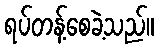
ရပ်တန့်စေခဲ့သည်။